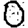
Digit: 0